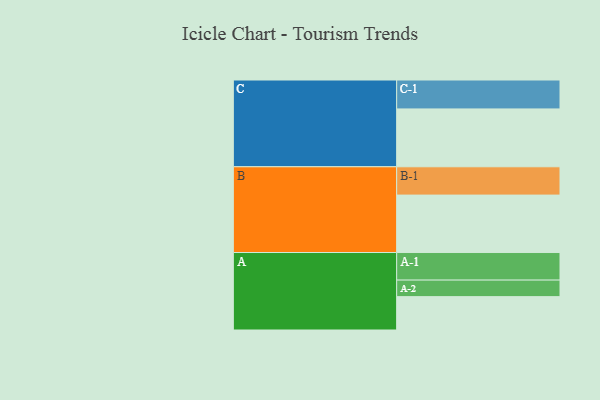
{"axis": {"x": "Segment", "y": "Value"}, "legend": ["", "A", "B", "C"], "data": [{"x": "A", "y": 323, "type": ""}, {"x": "B", "y": 556, "type": ""}, {"x": "C", "y": 560, "type": ""}, {"x": "A-1", "y": 267, "type": "A"}, {"x": "A-2", "y": 160, "type": "A"}, {"x": "B-1", "y": 274, "type": "B"}, {"x": "C-1", "y": 280, "type": "C"}]}